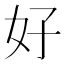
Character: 好